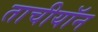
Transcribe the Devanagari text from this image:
ताचीयॉन